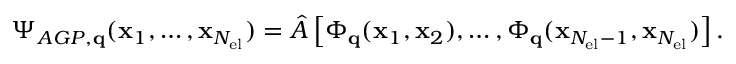
\Psi _ { A G P , \mathbf { q } } ( \mathbf { x } _ { 1 } , \dots , \mathbf { x } _ { N _ { \mathrm { e l } } } ) = \hat { A } \left[ \Phi _ { \mathbf { q } } ( \mathbf { x } _ { 1 } , \mathbf { x } _ { 2 } ) , \dots , \Phi _ { \mathbf { q } } ( \mathbf { x } _ { N _ { \mathrm { e l } } - 1 } , \mathbf { x } _ { N _ { \mathrm { e l } } } ) \right] .